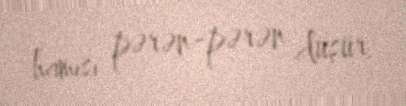
hamısı pərən-pərən düşür.